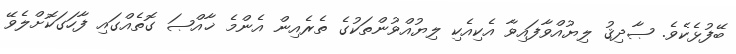
ބޭފުޅެކެވެ. ޞާދިޤު ލިޔުއްވާފައިވާ އެކިއެކި ލިޔުއްވުންތަކުގެ ތެރެއިން އެންމެ ޚާއްޞަ ގޮތެއްގައި ފާހަގަކޮށްލެވޭ